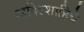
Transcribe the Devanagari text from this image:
अदिल्शाहिचे